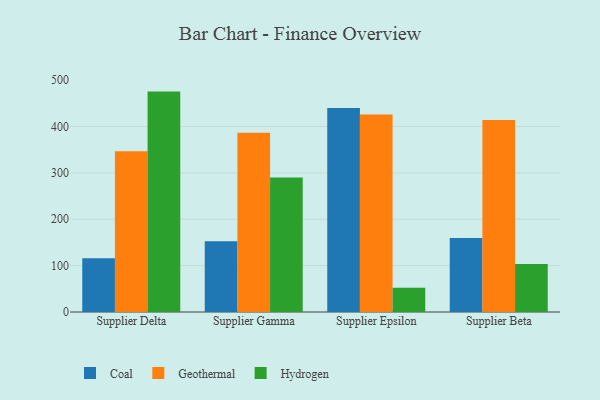
{"axis": {"x": "Supplier", "y": "Headcount"}, "legend": ["Coal", "Geothermal", "Hydrogen"], "data": [{"x": "Supplier Delta", "y": 115.8, "type": "Coal"}, {"x": "Supplier Delta", "y": 346.4, "type": "Geothermal"}, {"x": "Supplier Delta", "y": 475.2, "type": "Hydrogen"}, {"x": "Supplier Gamma", "y": 152.4, "type": "Coal"}, {"x": "Supplier Gamma", "y": 386.6, "type": "Geothermal"}, {"x": "Supplier Gamma", "y": 290.2, "type": "Hydrogen"}, {"x": "Supplier Epsilon", "y": 440.0, "type": "Coal"}, {"x": "Supplier Epsilon", "y": 425.8, "type": "Geothermal"}, {"x": "Supplier Epsilon", "y": 52.2, "type": "Hydrogen"}, {"x": "Supplier Beta", "y": 159.4, "type": "Coal"}, {"x": "Supplier Beta", "y": 414.0, "type": "Geothermal"}, {"x": "Supplier Beta", "y": 103.6, "type": "Hydrogen"}]}